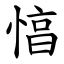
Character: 㥫